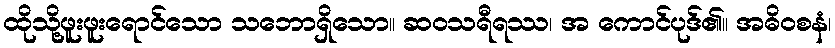
ထိုသို့ဖူးဖူးရောင်သော သဘောရှိသော။ ဆဝသရီရဿ၊ အ ကောင်ပုဒ်၏။ အဓိဝစနံ၊